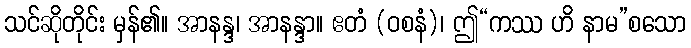
သင်ဆိုတိုင်း မှန်၏။ အာနန္ဒ၊ အာနန္ဒာ။ ဧတံ (ဝစနံ)၊ ဤ“ကဿ ဟိ နာမ”စသော